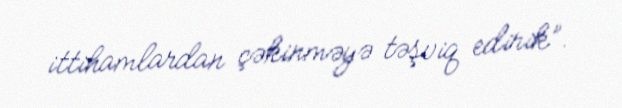
ittihamlardan çəkinməyə təşviq edirik”.